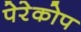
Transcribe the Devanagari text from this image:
पेरेकोप